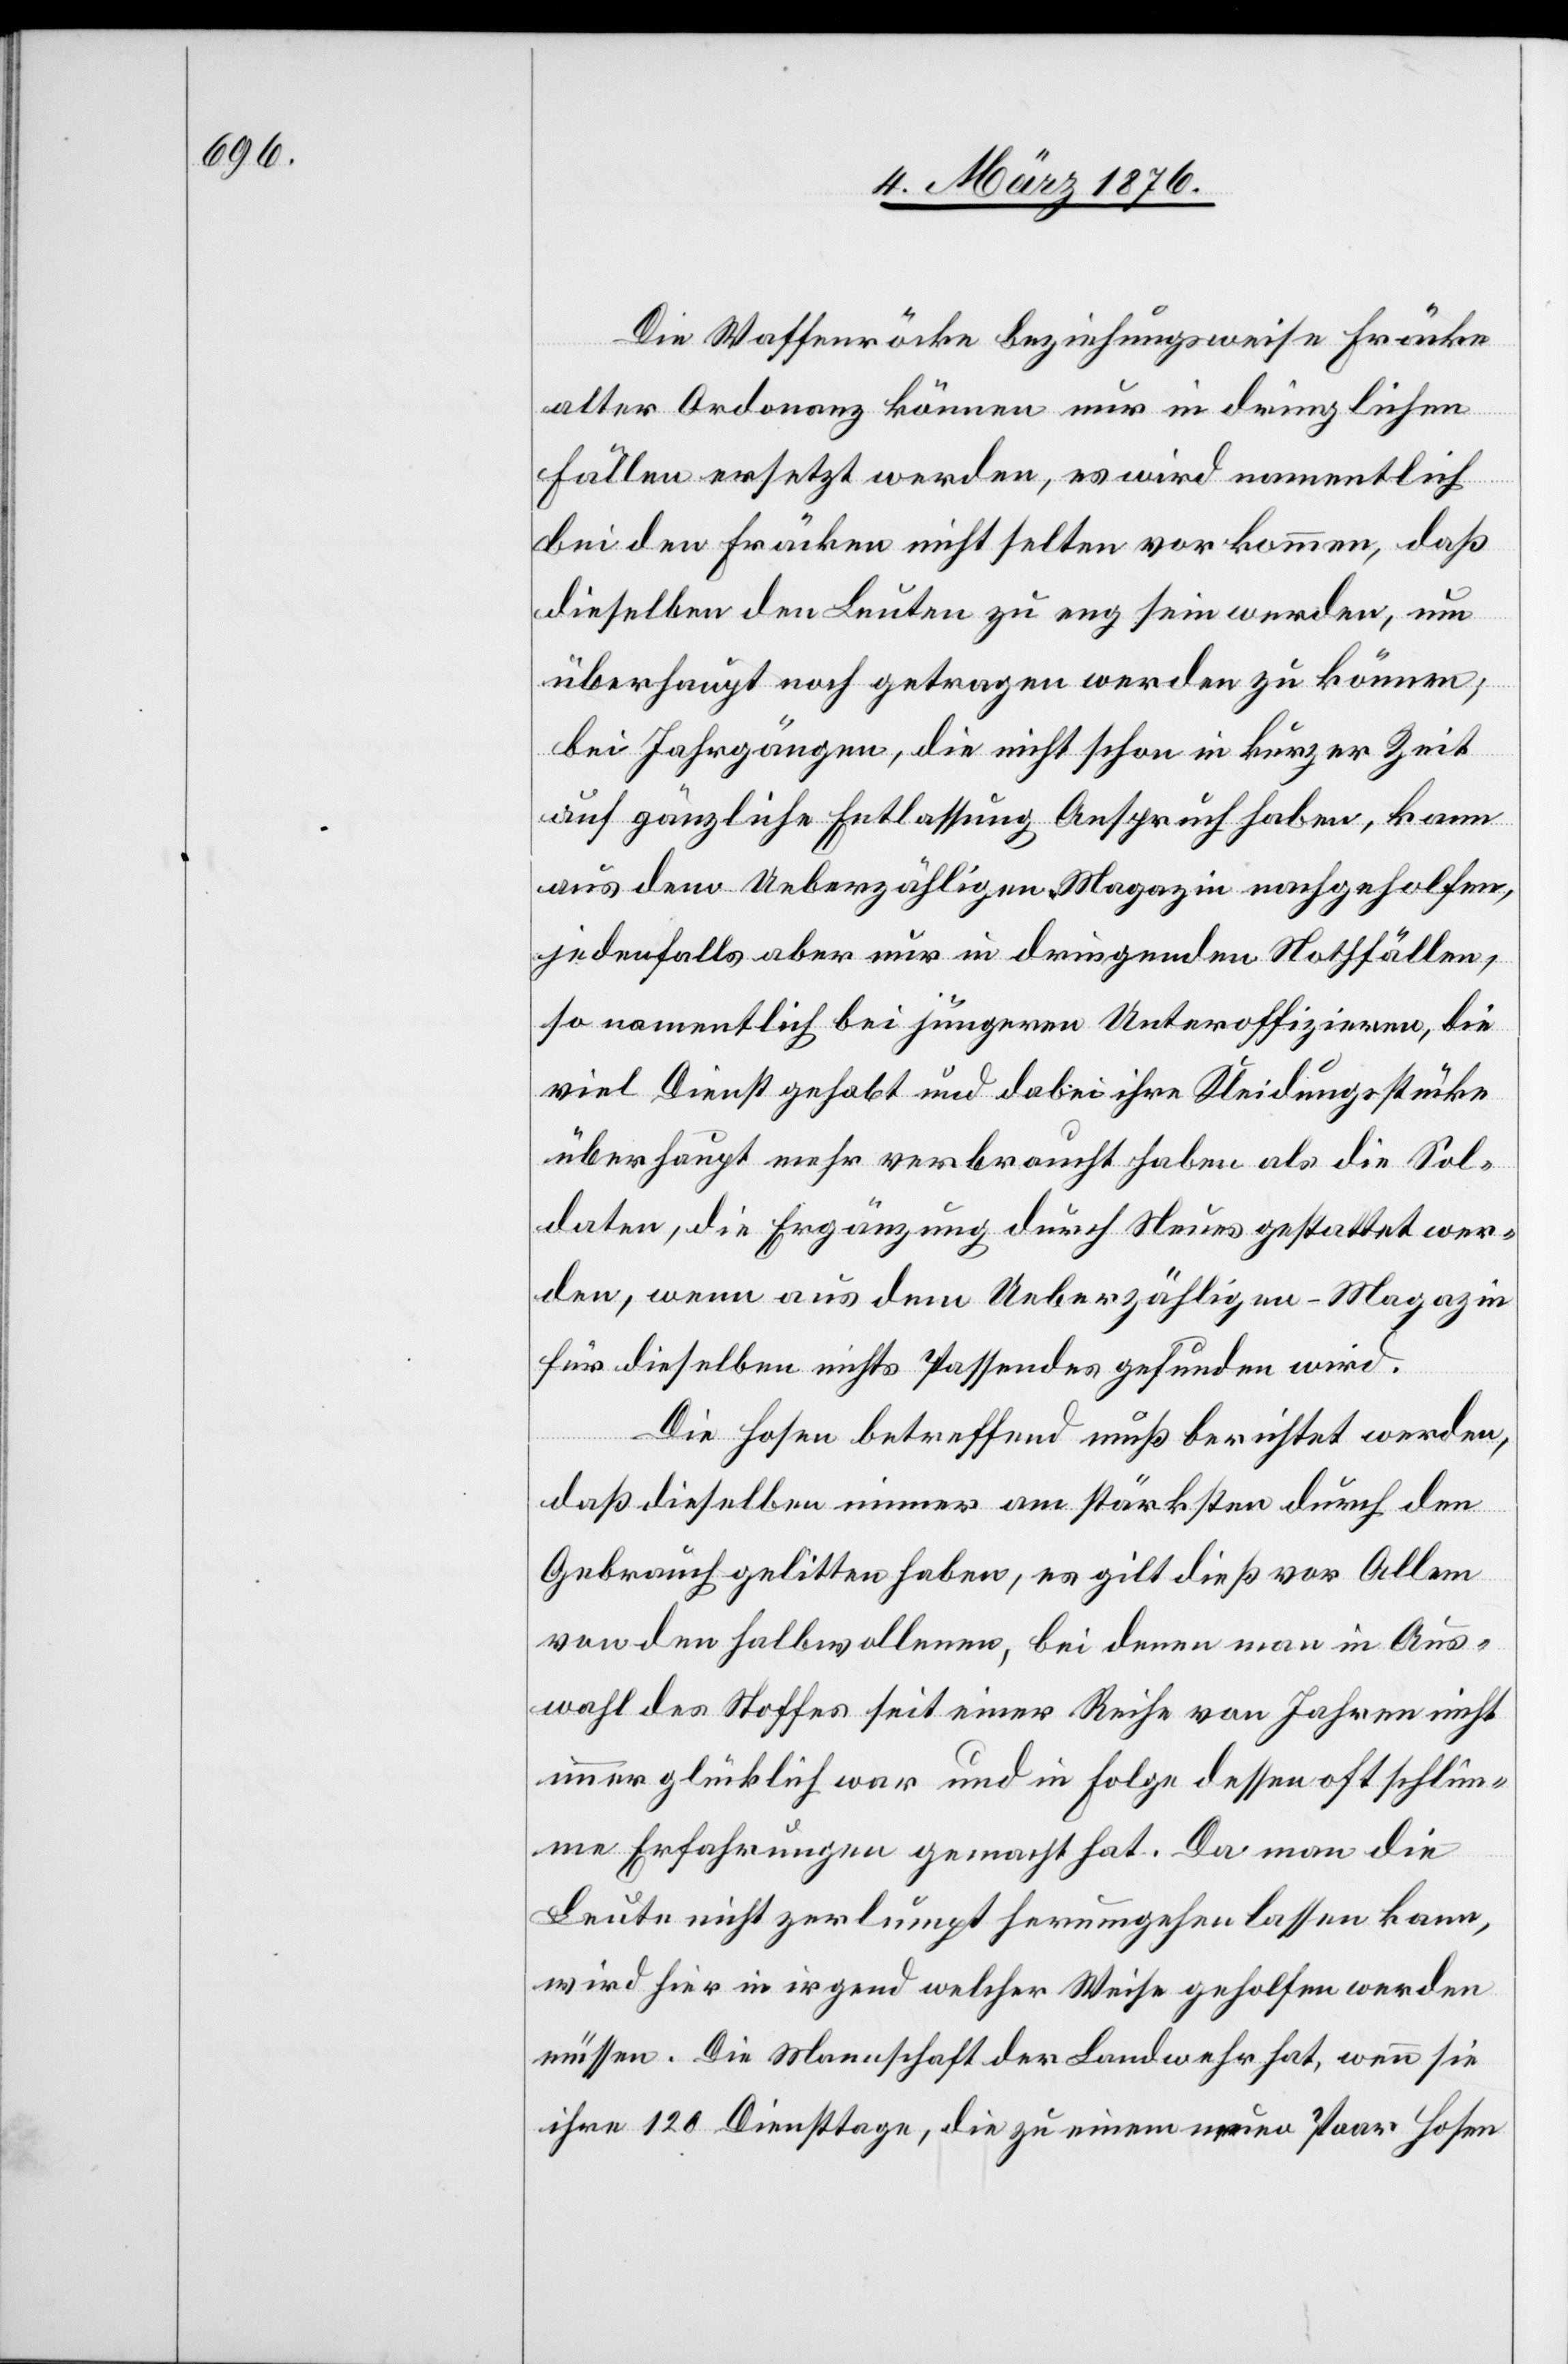
Die Waffenröcke beziehungsweise Fräcke
alter Ordonanz können nur in dringlichen
Fällen ersetzt werden, es wird namentlich
bei den Fräcken nicht selten vorkommen, daß
dieselben den Leuten zu eng sein werden, um
überhaupt noch getragen werden zu können;
bei Jahrgängen, die nicht schon in kurzer Zeit
auf gänzliche Entlassung Anspruch haben, kann
aus dem Ueberzähligen-Magazin nachgeholfen,
jedenfalls aber nur in dringenden Nothfällen,
so namentlich bei jüngeren Unteroffizieren, die
viel Dienst gehabt und dabei ihre Kleidungsstücke
überhaupt mehr verbraucht haben als die Sol¬
daten, die Ergänzung durch Neues gestattet wer¬
den, wenn aus dem Ueberzähligen-Magazin
für dieselben nichts Passendes gefunden wird.
Die Hose betreffend muß berichtet werden,
daß dieselben immer am stärksten durch den
Gebrauch gelitten haben, es gilt dieß vor Allem
von den Halbwollenen, bei denen man in Aus¬
wahl des Stoffes seit einer Reihe von Jahren nicht
immer glücklich war und in Folge dessen oft schlim¬
me Erfahrungen gesammelt hat. Da man die
Leute nicht zerlumpt herumgehen lassen kann,
wird hier in irgend welcher Weise geholfen werden
müssen. Die Mannschaft der Landwehr hat, wenn sie
ihre 120 Diensttage, die zu einem neuen Paar Hosen